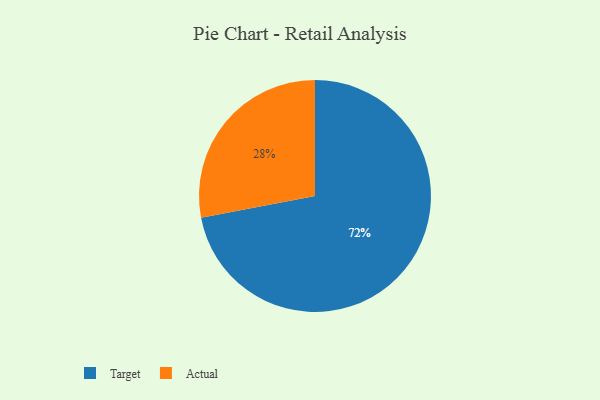
{"axis": {"x": "Category", "y": "Percentage"}, "legend": ["Actual", "Target"], "data": [{"x": "Target", "y": 72, "type": "Target"}, {"x": "Actual", "y": 28, "type": "Actual"}]}